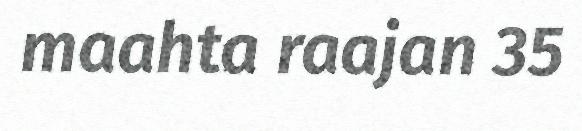
maahta raajan 35